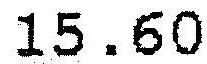
15.60